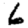
Digit: 6